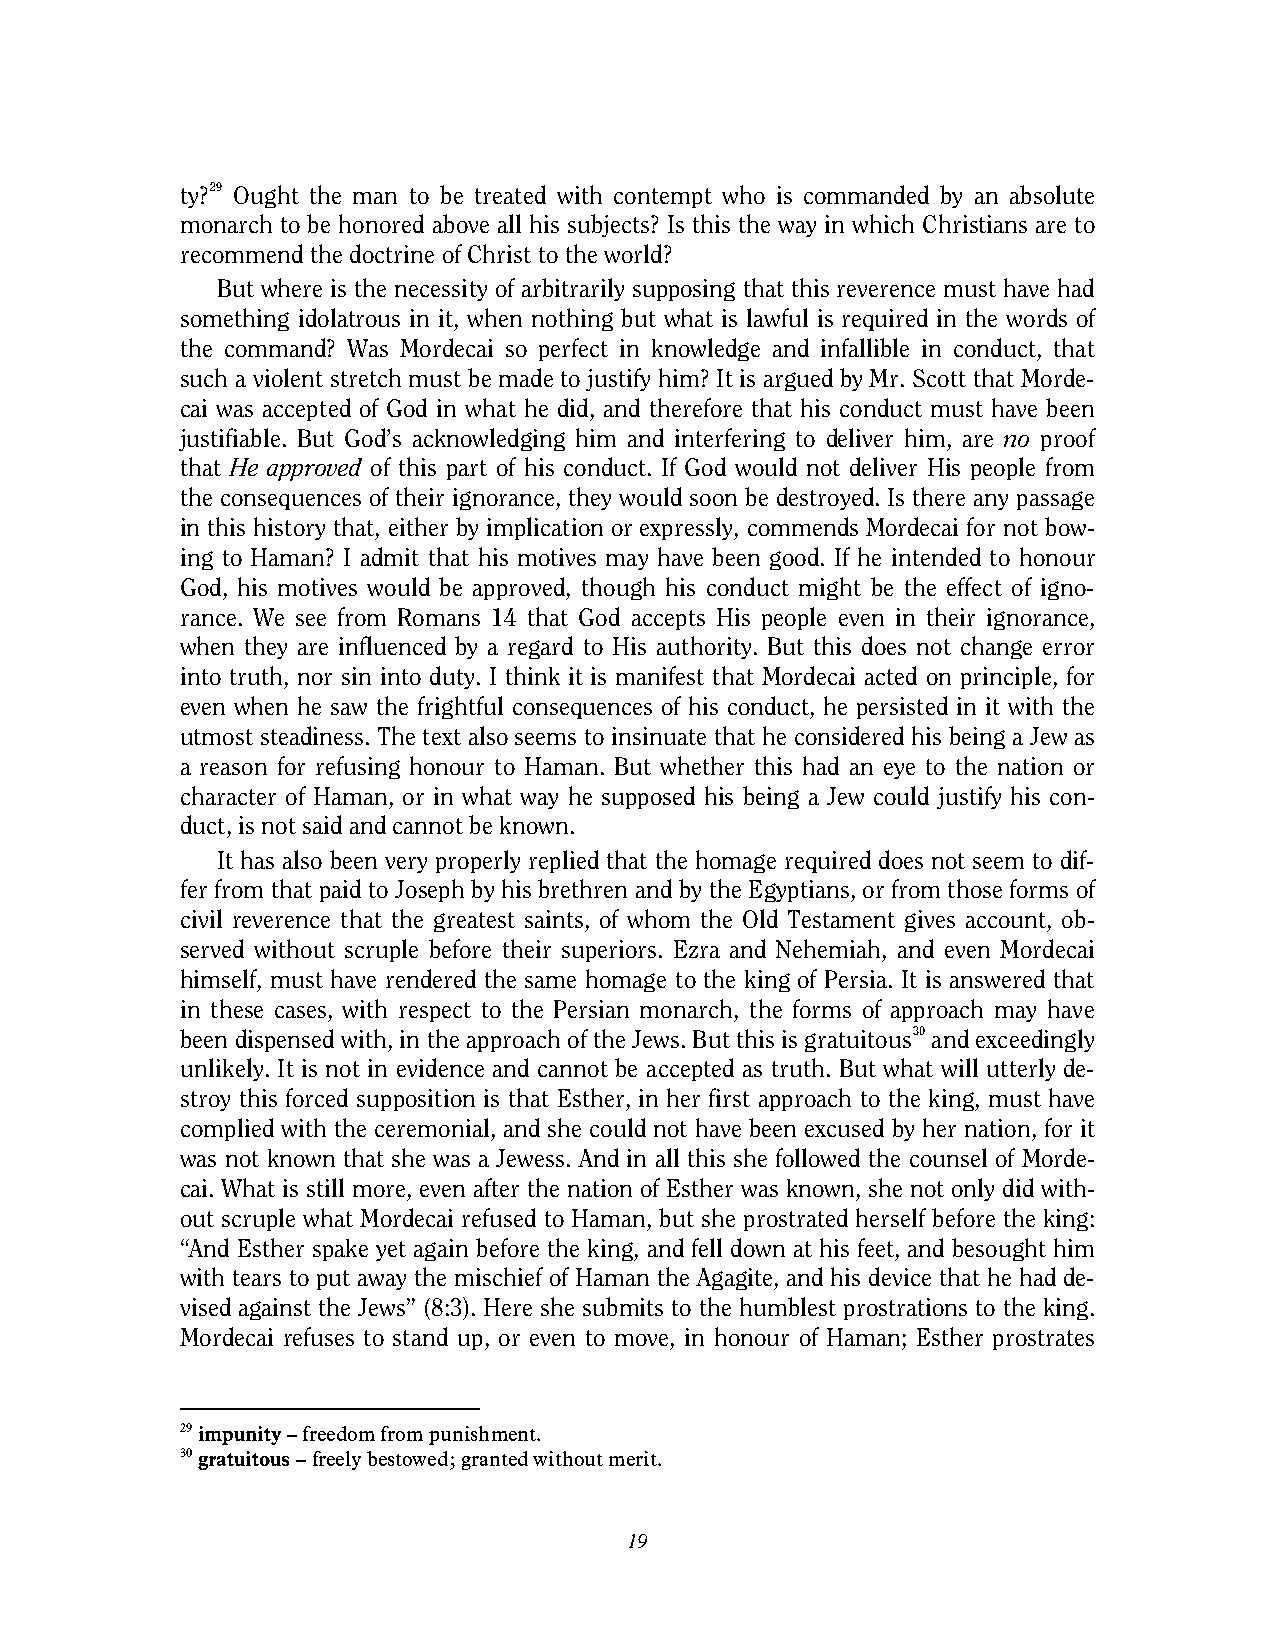
ty?29 Ought the man to be treated with contempt who is commanded by an absolute
 monarch to be honored above all his subjects? Is this the way in which Christians are to
 recommend the doctrine of Christ to the world?
 But where is the necessity of arbitrarily supposing that this reverence must have had
 something idolatrous in it, when nothing but what is lawful is required in the words of
 the command? Was Mordecai so perfect in knowledge and infallible in conduct, that
 such a violent stretch must be made to justify him? It is argued by Mr. Scott that Morde-
 cai was accepted of God in what he did, and therefore that his conduct must have been
 justifiable. But God’s acknowledging him and interfering to deliver him, are no proof
 that He approved of this part of his conduct. If God would not deliver His people from
 the consequences of their ignorance, they would soon be destroyed. Is there any passage
 in this history that, either by implication or expressly, commends Mordecai for not bow-
 ing to Haman? I admit that his motives may have been good. If he intended to honour
 God, his motives would be approved, though his conduct might be the effect of igno-
 rance. We see from Romans 14 that God accepts His people even in their ignorance,
 when they are influenced by a regard to His authority. But this does not change error
 into truth, nor sin into duty. I think it is manifest that Mordecai acted on principle, for
 even when he saw the frightful consequences of his conduct, he persisted in it with the
 utmost steadiness. The text also seems to insinuate that he considered his being a Jew as
 a reason for refusing honour to Haman. But whether this had an eye to the nation or
 character of Haman, or in what way he supposed his being a Jew could justify his con-
 duct, is not said and cannot be known.
 It has also been very properly replied that the homage required does not seem to dif-
 fer from that paid to Joseph by his brethren and by the Egyptians, or from those forms of
 civil reverence that the greatest saints, of whom the Old Testament gives account, ob-
 served without scruple before their superiors. Ezra and Nehemiah, and even Mordecai
 himself, must have rendered the same homage to the king of Persia. It is answered that
 in these cases, with respect to the Persian monarch, the forms of approach may have
 been dispensed with, in the approach of the Jews. But this is gratuitous30 and exceedingly
 unlikely. It is not in evidence and cannot be accepted as truth. But what will utterly de-
 stroy this forced supposition is that Esther, in her first approach to the king, must have
 complied with the ceremonial, and she could not have been excused by her nation, for it
 was not known that she was a Jewess. And in all this she followed the counsel of Morde-
 cai. What is still more, even after the nation of Esther was known, she not only did with-
 out scruple what Mordecai refused to Haman, but she prostrated herself before the king:
 “And Esther spake yet again before the king, and fell down at his feet, and besought him
 with tears to put away the mischief of Haman the Agagite, and his device that he had de-
 vised against the Jews” (8:3). Here she submits to the humblest prostrations to the king.
 Mordecai refuses to stand up, or even to move, in honour of Haman; Esther prostrates
 29 impunity – freedom from punishment.
 30 gratuitous – freely bestowed; granted without merit.
 19